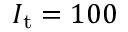
I _ { \mathrm { t } } = 1 0 0